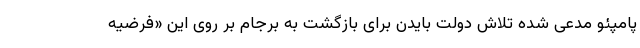
پامپئو مدعی شده تلاش دولت بایدن برای بازگشت به برجام بر روی این «فرضیه